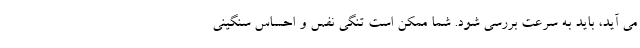
می آید، باید به سرعت بررسی شود. شما ممکن است تنگی نفس و احساس سنگینی